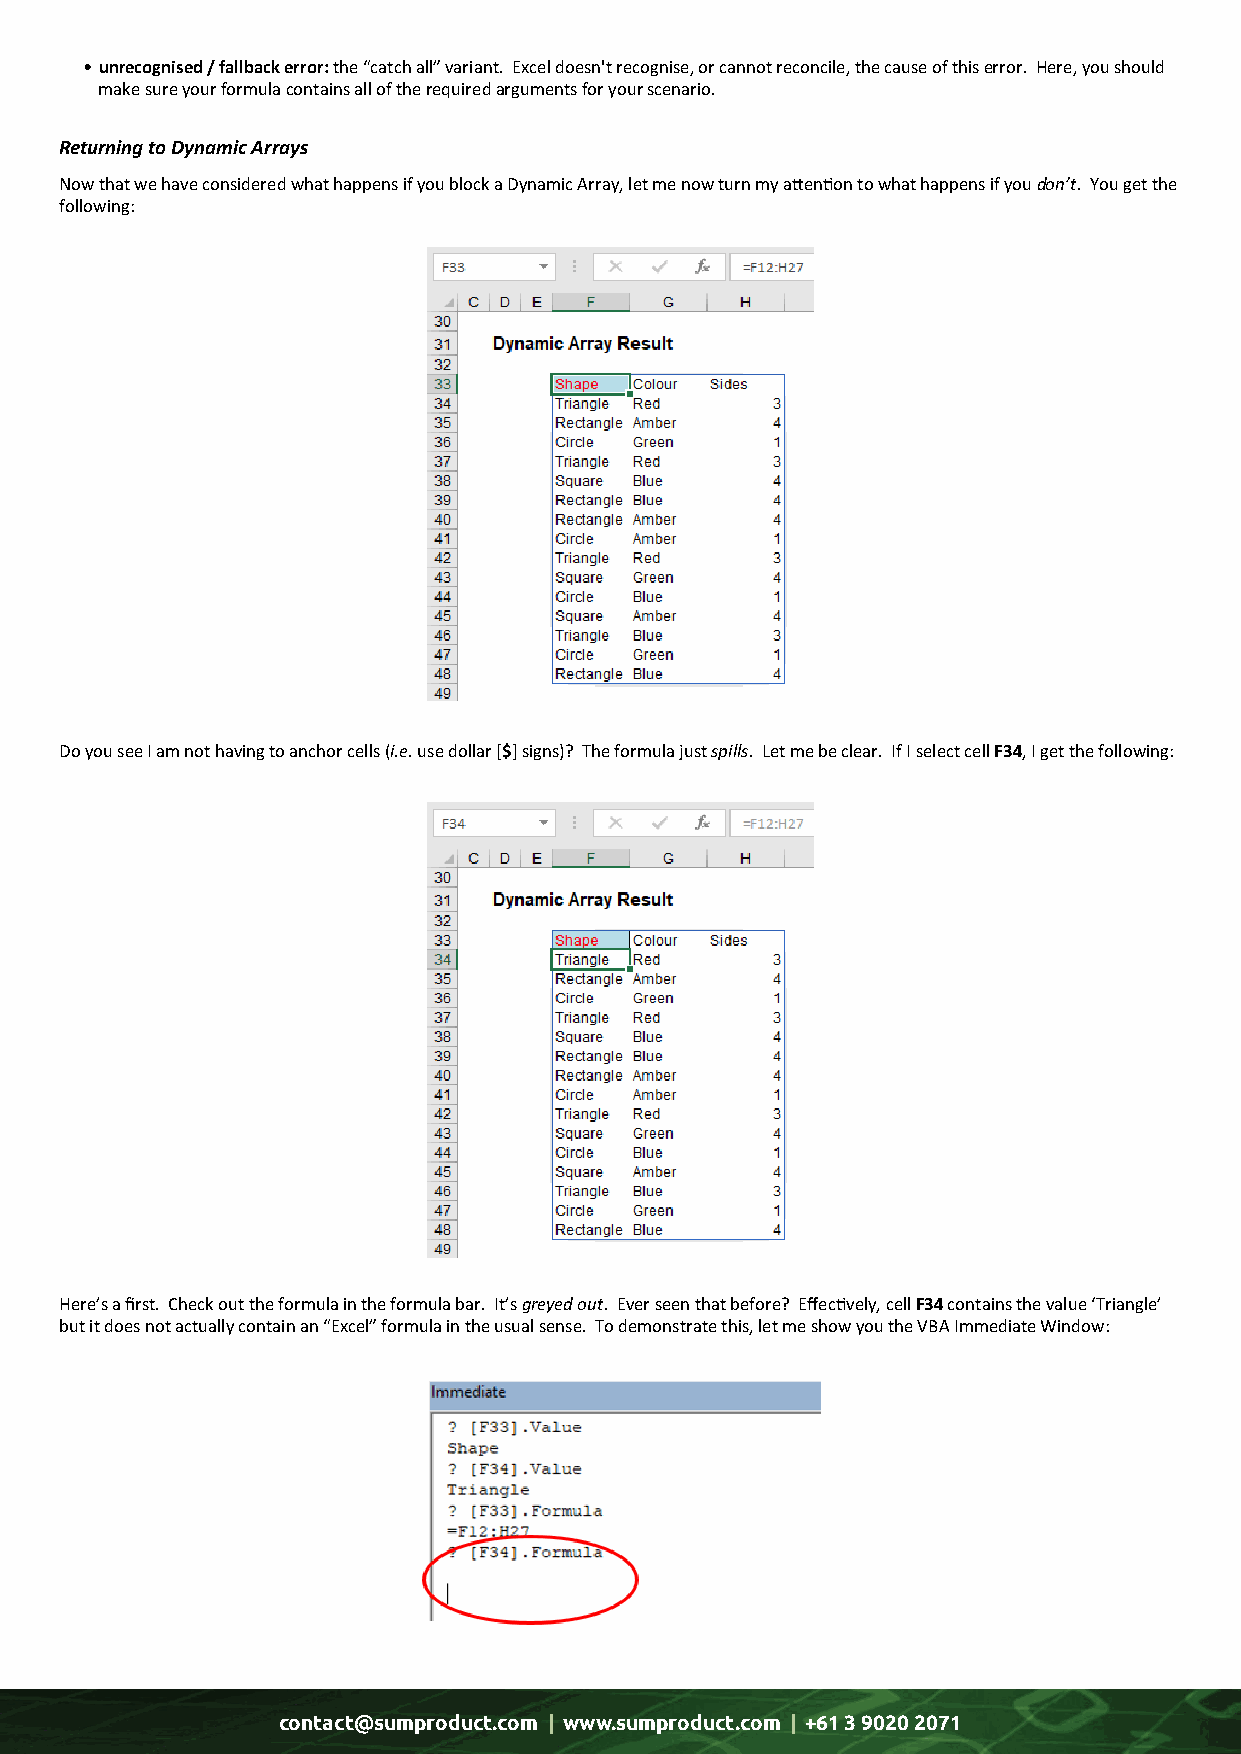
• unrecognised / fallback error: the “catch all” variant. Excel doesn't recognise, or cannot reconcile, the cause of this error. Here, you should
 make sure your formula contains all of the required arguments for your scenario.
 Returning to Dynamic Arrays
 Now that we have considered what happens if you block a Dynamic Array, let me now turn my attention to what happens if you don’t. You get the
 following:
 Do you see I am not having to anchor cells (i.e. use dollar [$] signs)? The formula just spills. Let me be clear. If I select cell F34, I get the following:
 Here’s a first. Check out the formula in the formula bar. It’s greyed out. Ever seen that before? Effectively, cell F34 contains the value ‘Triangle’
 but it does not actually contain an “Excel” formula in the usual sense. To demonstrate this, let me show you the VBA Immediate Window:
 contact@sumproduct.com | www.sumproduct.com | +61 3 9020 2071